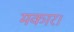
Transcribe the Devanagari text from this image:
मकार।